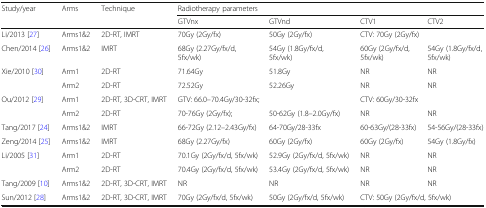
| <ROWSPAN=2> Study/year | <ROWSPAN=2> Arms | <ROWSPAN=2> Technique | <COLSPAN=4> Radiotherapy parameters |
 | GTVnx | GTVnd | CTV1 | CTV2 |
 | --- | --- | --- | --- | --- | --- | --- |
 | Li/2013 [27] | Arms1&2 | 2D-RT, IMRT | 70Gy (2Gy/fx) | 50Gy (2Gy/fx) | <COLSPAN=2> CTV: 70Gy (2Gy/fx) |
 | Chen/2014 [26] | Arms1&2 | IMRT | 68Gy (2.27Gy/fx/d, 5fx/wk) | 54Gy (1.8Gy/fx/d, 5fx/wk) | 60Gy (2Gy/fx/d, 5fx/wk) | 54Gy (1.8Gy/fx/d, 5fx/wk) |
 | <ROWSPAN=2> Xie/2010 [30] | Arm1 | 2D-RT | 71.64Gy | 51.8Gy | NR | NR |
 | Arm2 | 2D-RT | 72.52Gy | 52.26Gy | NR | NR |
 | <ROWSPAN=2> Ou/2012 [29] | Arm1 | 2D-RT, 3D-CRT, IMRT | <COLSPAN=2> GTV: 66.0–70.4Gy/30-32fx; | <COLSPAN=2> CTV: 60Gy/30-32fx |
 | Arm2 | 2D-RT | 70-76Gy (2Gy/fx); | 50-62Gy (1.8–2.0Gy/fx) | NR | NR |
 | Tang/2017 [24] | Arms1&2 | IMRT | 66-72Gy (2.12–2.43Gy/fx) | 64-70Gy/28-33fx | 60-63Gy/(28-33fx) | 54-56Gy/(28-33fx) |
 | Zeng/2014 [25] | Arms1&2 | IMRT | 68Gy (2.27Gy/fx) | 60Gy (2Gy/fx) | 60Gy (2Gy/fx) | 54Gy (1.8Gy/fx) |
 | <ROWSPAN=2> Li/2005 [31] | Arm1 | 2D-RT | 70.1Gy (2Gy/fx/d, 5fx/wk) | 52.9Gy (2Gy/fx/d, 5fx/wk) | NR | NR |
 | Arm2 | 2D-RT | 70.4Gy (2Gy/fx/d, 5fx/wk) | 53.4Gy (2Gy/fx/d, 5fx/wk) | NR | NR |
 | Tang/2009 [10] | Arms1&2 | 2D-RT, 3D-CRT, IMRT | NR | NR | NR | NR |
 | Sun/2012 [28] | Arms1&2 | 2D-RT, 3D-CRT, IMRT | 70Gy (2Gy/fx/d, 5fx/wk) | 50Gy (2Gy/fx/d, 5fx/wk) | <COLSPAN=2> CTV: 50Gy (2Gy/fx/d, 5fx/wk) |